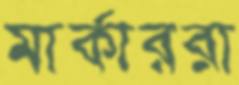
মার্কাররা